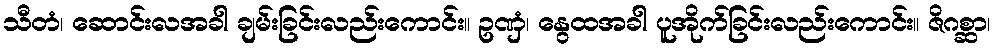
သီတံ၊ ဆောင်းလအခါ ချမ်းခြင်းလည်းကောင်း။ ဥဏှံ၊ နွေထအခါ ပူအိုက်ခြင်းလည်းကောင်း။ ဇိဂစ္ဆာ၊